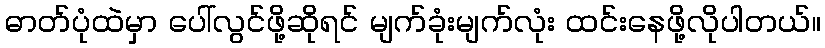
ဓာတ်ပုံထဲမှာ ပေါ်လွင်ဖို့ဆိုရင် မျက်ခုံးမျက်လုံး ထင်းနေဖို့လိုပါတယ်။